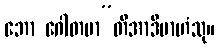
ဘော ဂေါတမာ”တိအာဒိမာဟံသု။